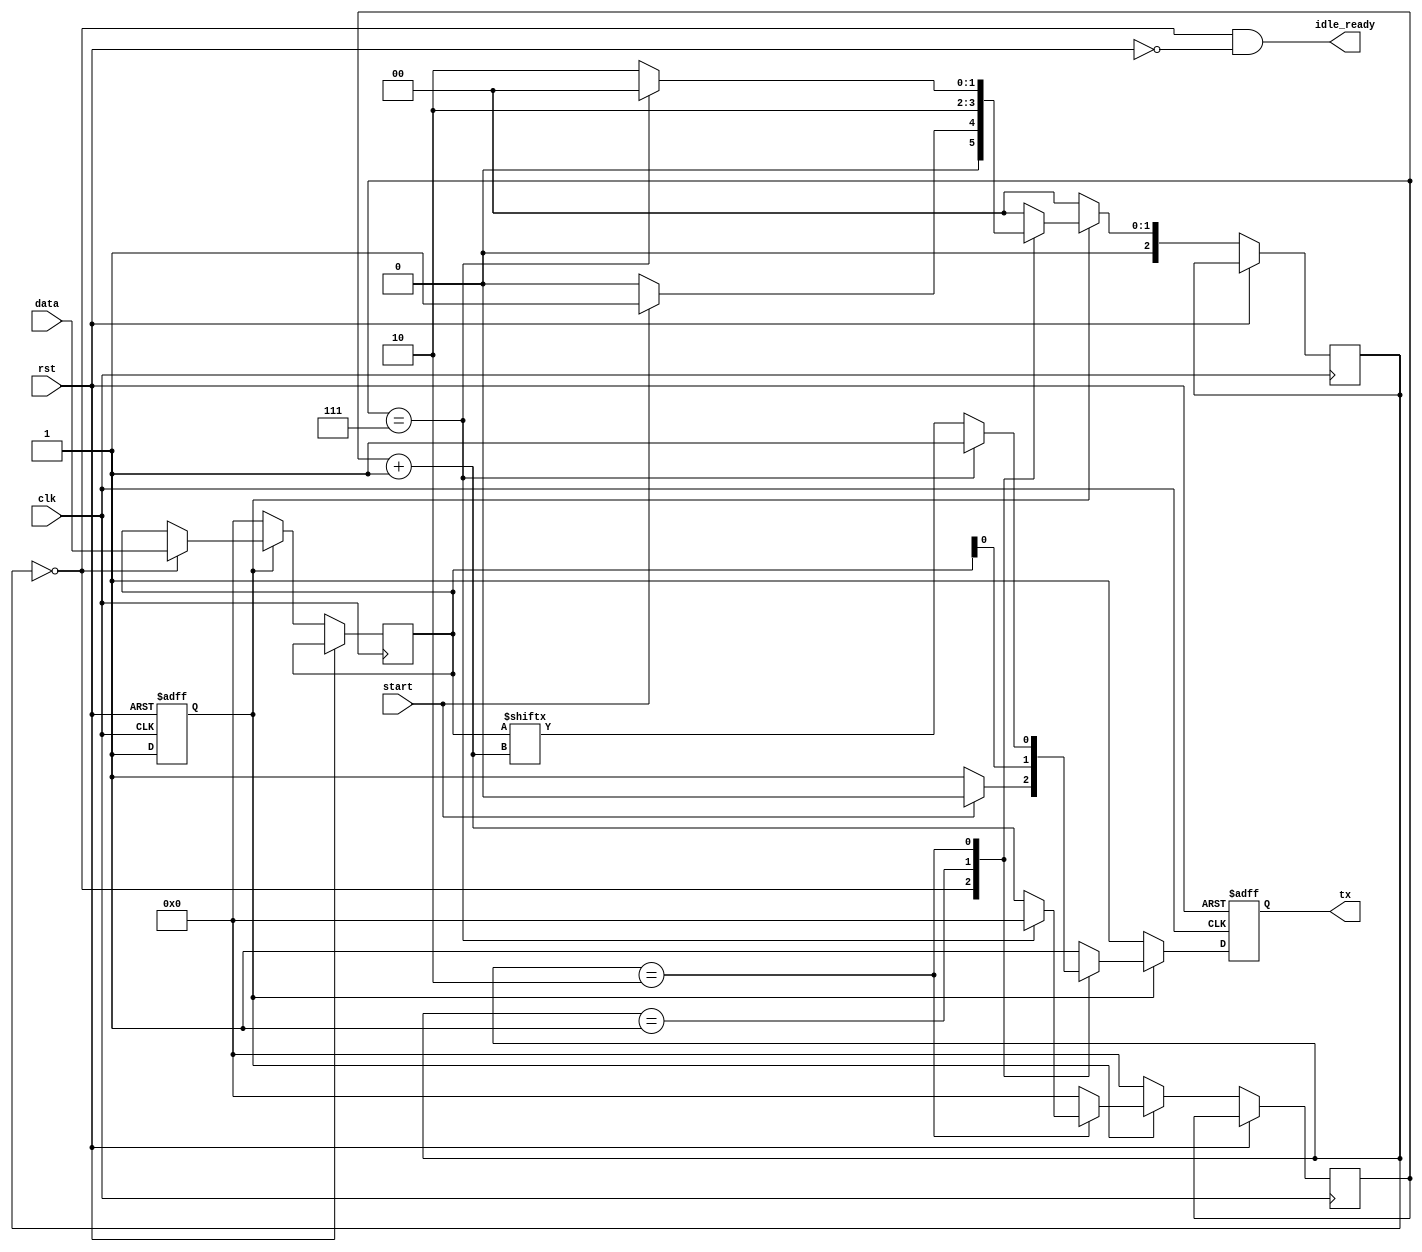


module uart_tx (
  input wire clk,
  input wire rst,
  input wire start,
  input wire [7:0] data, /* Set this to the data we want to send to the reciever */
  output wire tx,
  output wire idle_ready
  );

localparam [2:0] STATE_IDLE = 3'd0, STATE_START = 3'd1, STATE_DATA = 3'd2;
reg [7:0] count, next_count, latched_data;
reg [2:0] state, next_state;
reg initialized, bit, next_bit;
// OUTPUT COMBINATIONAL LOGIC
assign idle_ready = (state == STATE_IDLE) && !(rst);
assign tx = bit;

// UPDATE STATE SEQUENTIAL LOGIC
always@(posedge clk or posedge rst)
begin
  if(rst)
  begin
    initialized <= 1'd0;
    bit <= 1'd1;
  end
  else if (initialized)
  begin
    if(state == STATE_IDLE)
    begin
     latched_data <= data;
   end
   state <= next_state;
   count <= next_count;
   bit <= next_bit;
 end
  else // initialize
  begin
    state <= STATE_IDLE;
    count <= 8'd0;
    latched_data <= 8'd0;
    bit <= 1'd1;
    initialized <= 1'd1;
  end
end

// NEXT STATE COMBINATIONAL LOGIC (Only set 'next_' wires)
always@(state or start or count or bit or latched_data)
begin
  next_count = 1'b0;
  next_bit = 1'b1;
  next_state = state;
  case(state)
    STATE_IDLE:
    begin
     if(start)
     begin
       next_state = STATE_START;
       next_bit = 1'b0;
     end
     else next_state = STATE_IDLE;
   end

   STATE_START:
   begin
    next_state = STATE_DATA;
    next_count = 8'd0;
    next_bit = latched_data[next_count];
  end

  STATE_DATA:
  begin
    if(count == 8'd7)
    begin 
     next_state = STATE_IDLE;
   end
   else 
   begin
     next_state = STATE_DATA;
     next_count = count + 8'd1;
        next_bit = latched_data[next_count]; // has to be after count - 1
      end
    end

    default:
    begin
     next_state = STATE_IDLE;
   end

 endcase

end

endmodule